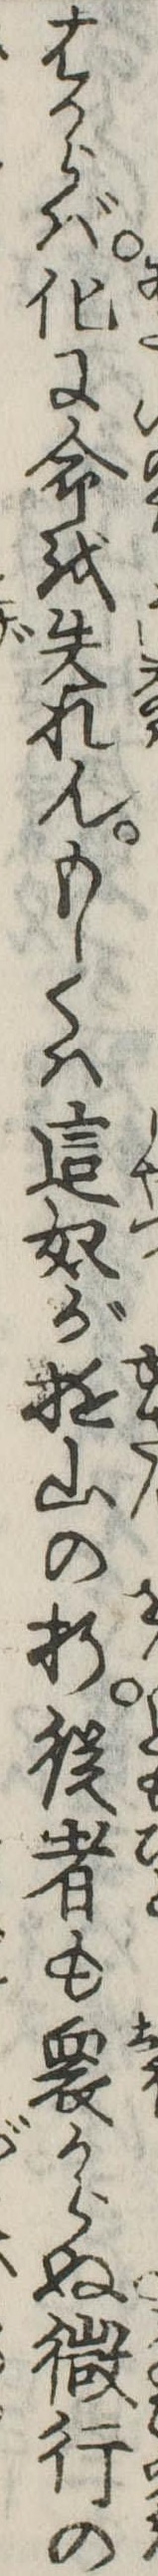
はからば化に命を失れんもしくは這奴が遊山の折従者も衆からぬ㣲行の